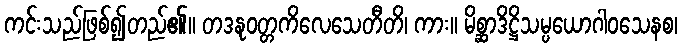
ကင်းသည်ဖြစ်၍တည်၏။ တဒနုဝတ္တကိလေသေတီတိ၊ ကား။ မိစ္ဆာဒိဋ္ဌိသမ္ပယောဂါဝသေနစ၊